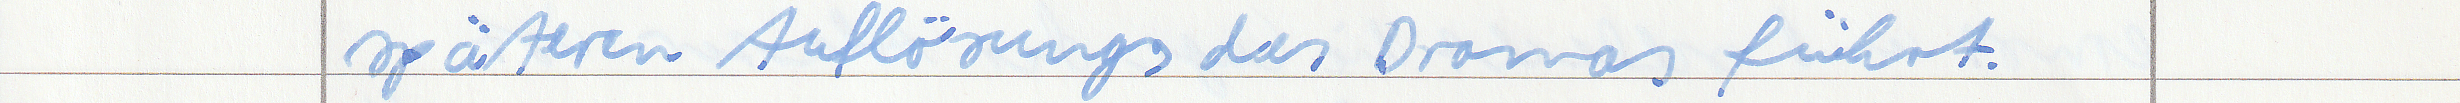
späteren Auflösungs des Dramas führt.